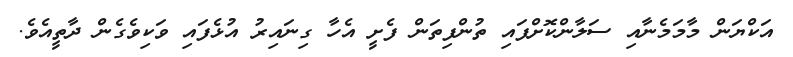
އަކްޔަން މާމަމެނާއި ސަލާންކޮށްފައި ތުންފިތަން ފެށީ އެހާ ގިނައިރު އުޅެފައި ވަކިވެގެން ދާތީއެވެ.